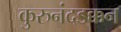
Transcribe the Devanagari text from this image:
कुरुनंदडक्कन